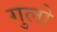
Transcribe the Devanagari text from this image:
गुलो